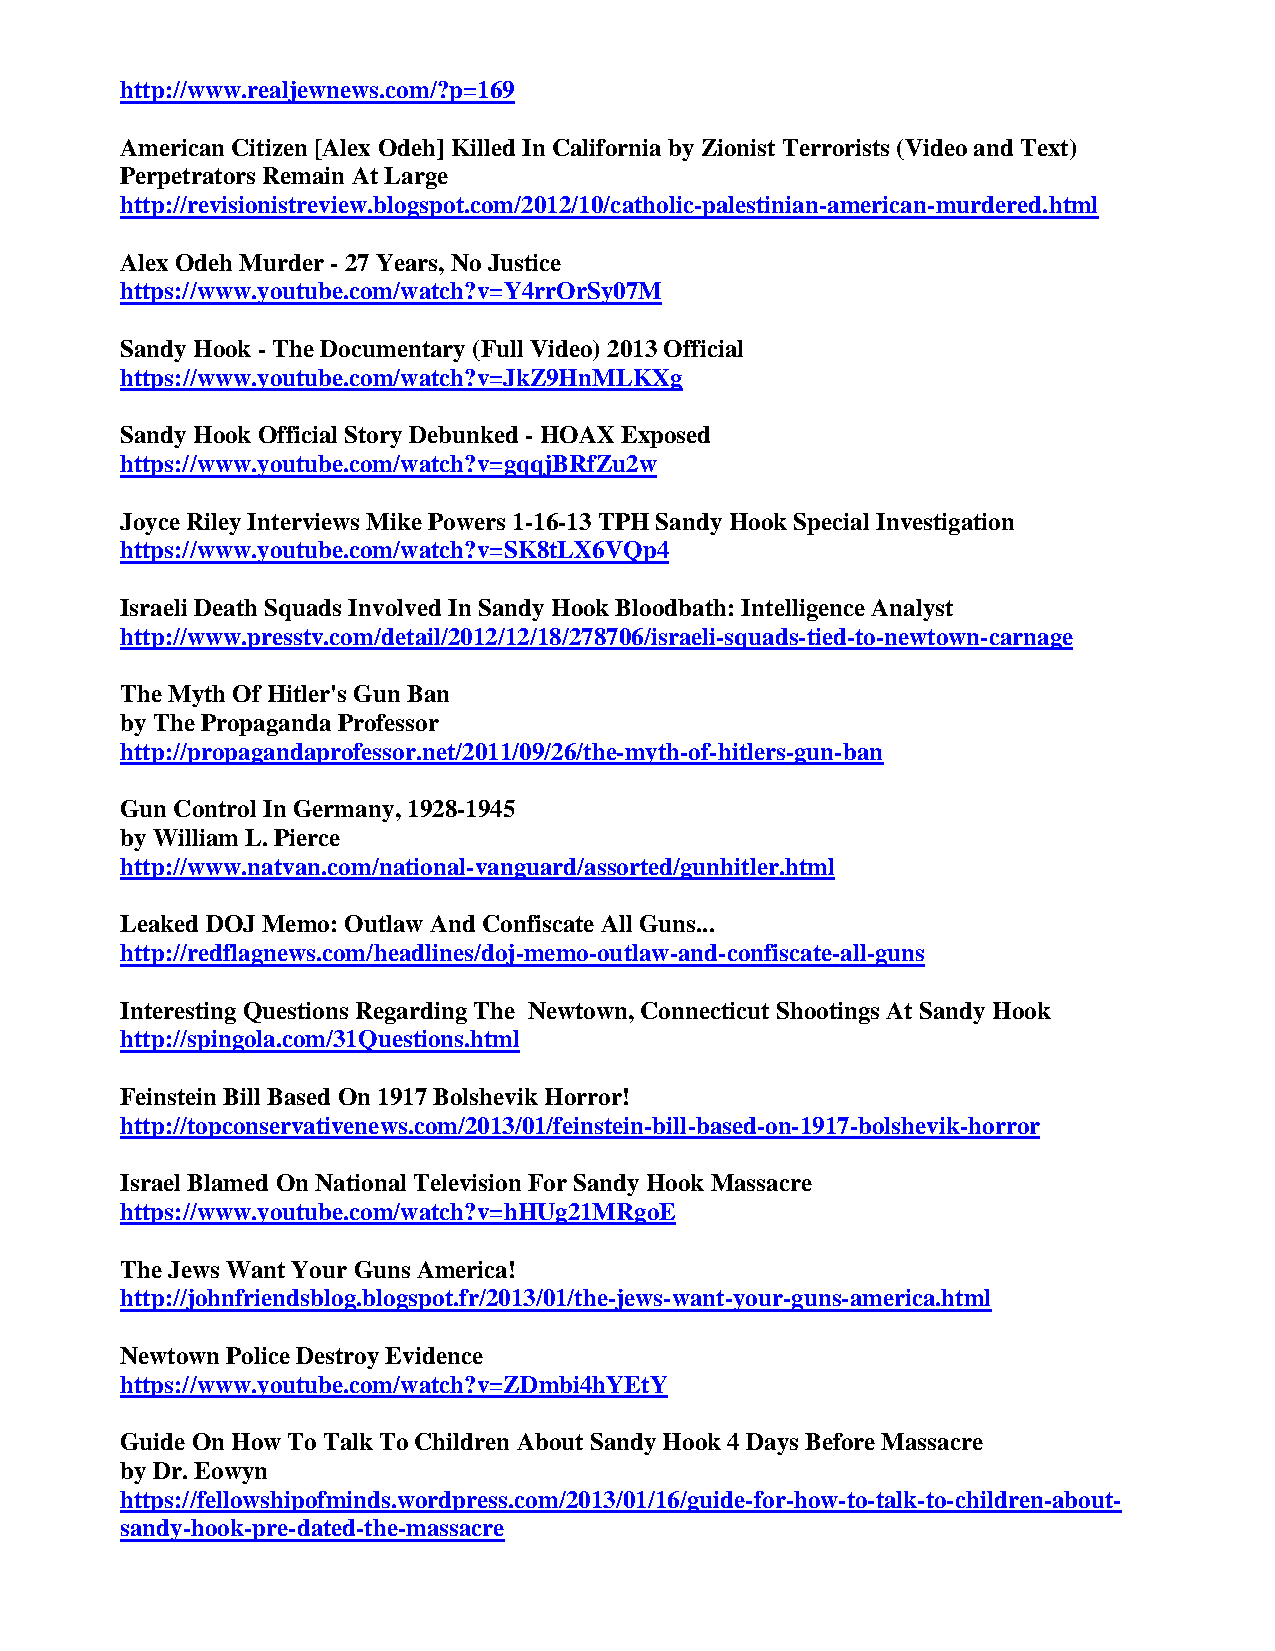
http://www.realjewnews.com/?p=169
 American Citizen [Alex Odeh] Killed In California by Zionist Terrorists (Video and Text)
 Perpetrators Remain At Large
 http://revisionistreview.blogspot.com/2012/10/catholic-palestinian-american-murdered.html
 Alex Odeh Murder - 27 Years, No Justice
 https://www.youtube.com/watch?v=Y4rrOrSy07M
 Sandy Hook - The Documentary (Full Video) 2013 Official
 https://www.youtube.com/watch?v=JkZ9HnMLKXg
 Sandy Hook Official Story Debunked - HOAX Exposed
 https://www.youtube.com/watch?v=gqqjBRfZu2w
 Joyce Riley Interviews Mike Powers 1-16-13 TPH Sandy Hook Special Investigation
 https://www.youtube.com/watch?v=SK8tLX6VQp4
 Israeli Death Squads Involved In Sandy Hook Bloodbath: Intelligence Analyst
 http://www.presstv.com/detail/2012/12/18/278706/israeli-squads-tied-to-newtown-carnage
 The Myth Of Hitler's Gun Ban
 by The Propaganda Professor
 http://propagandaprofessor.net/2011/09/26/the-myth-of-hitlers-gun-ban
 Gun Control In Germany, 1928-1945
 by William L. Pierce
 http://www.natvan.com/national-vanguard/assorted/gunhitler.html
 Leaked DOJ Memo: Outlaw And Confiscate All Guns...
 http://redflagnews.com/headlines/doj-memo-outlaw-and-confiscate-all-guns
 Interesting Questions Regarding The Newtown, Connecticut Shootings At Sandy Hook
 http://spingola.com/31Questions.html
 Feinstein Bill Based On 1917 Bolshevik Horror!
 http://topconservativenews.com/2013/01/feinstein-bill-based-on-1917-bolshevik-horror
 Israel Blamed On National Television For Sandy Hook Massacre
 https://www.youtube.com/watch?v=hHUg21MRgoE
 The Jews Want Your Guns America!
 http://johnfriendsblog.blogspot.fr/2013/01/the-jews-want-your-guns-america.html
 Newtown Police Destroy Evidence
 https://www.youtube.com/watch?v=ZDmbi4hYEtY
 Guide On How To Talk To Children About Sandy Hook 4 Days Before Massacre
 by Dr. Eowyn
 https://fellowshipofminds.wordpress.com/2013/01/16/guide-for-how-to-talk-to-children-about-
 sandy-hook-pre-dated-the-massacre